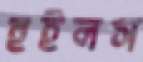
হুইলস